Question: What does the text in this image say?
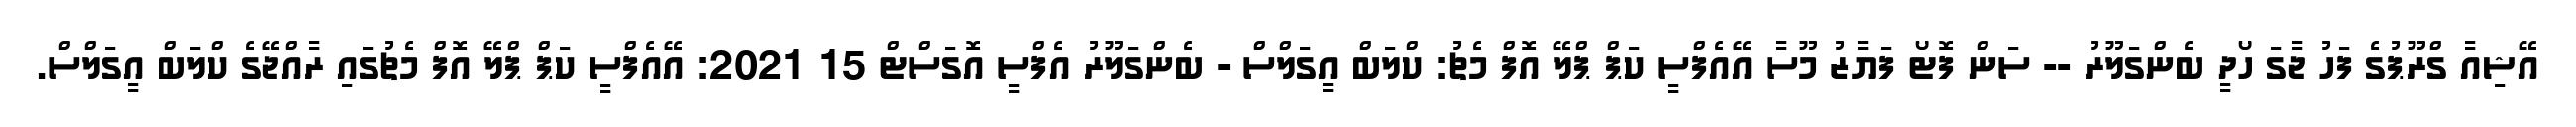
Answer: އޭޝިއާ ގްރޫޕުގެ ފަހު ޖާގަ ހޯދީ ބެންގަލޫރު -- ސަން ފޮޓޯ ފަޔާޒު މޫސާ އޭއެފްސީ ކަޕް ޕްލޭ އޮފް މެޗު: ކްލަބް އީގަލްސް - ބެންގަލޫރު އެފްސީ އޮގަސްޓް 15 2021: އޭއެފްސީ ކަޕް ޕްލޭ އޮފް މެޗުގައި ރާއްޖޭގެ ކްލަބް އީގަލްސް.